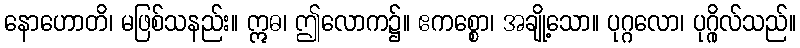
နောဟောတိ၊ မဖြစ်သနည်း။ ဣဓ၊ ဤလောက၌။ ဧကစ္စော၊ အချို့သော။ ပုဂ္ဂလော၊ ပုဂ္ဂိုလ်သည်။